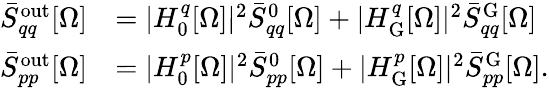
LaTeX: \begin{array}{rl}{\bar{S}_{qq}^{\mathrm{out}}[\Omega]}&{=|H_{0}^{q}[\Omega]|^{2}\bar{S}_{qq}^{0}[\Omega]+|H_{\mathrm{G}}^{q}[\Omega]|^{2}\bar{S}_{qq}^{\mathrm{G}}[\Omega]}\\ {\bar{S}_{pp}^{\mathrm{out}}[\Omega]}&{=|H_{0}^{p}[\Omega]|^{2}\bar{S}_{pp}^{0}[\Omega]+|H_{\mathrm{G}}^{p}[\Omega]|^{2}\bar{S}_{pp}^{\mathrm{G}}[\Omega].}\end{array}